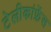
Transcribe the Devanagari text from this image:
टेलीकांफ्रेंस